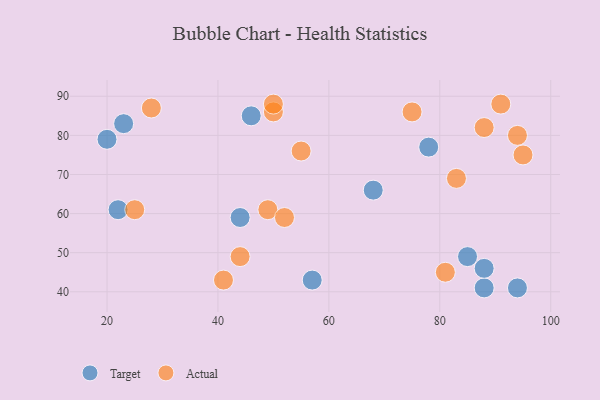
{"axis": {"x": "GDP", "y": "Life Expectancy"}, "legend": ["Actual", "Target"], "data": [{"x": "88", "y": 41, "type": "Target"}, {"x": "57", "y": 43, "type": "Target"}, {"x": "78", "y": 77, "type": "Target"}, {"x": "68", "y": 66, "type": "Target"}, {"x": "22", "y": 61, "type": "Target"}, {"x": "44", "y": 59, "type": "Target"}, {"x": "85", "y": 49, "type": "Target"}, {"x": "46", "y": 85, "type": "Target"}, {"x": "88", "y": 46, "type": "Target"}, {"x": "94", "y": 41, "type": "Target"}, {"x": "20", "y": 79, "type": "Target"}, {"x": "23", "y": 83, "type": "Target"}, {"x": "49", "y": 61, "type": "Actual"}, {"x": "52", "y": 59, "type": "Actual"}, {"x": "95", "y": 75, "type": "Actual"}, {"x": "81", "y": 45, "type": "Actual"}, {"x": "75", "y": 86, "type": "Actual"}, {"x": "25", "y": 61, "type": "Actual"}, {"x": "50", "y": 86, "type": "Actual"}, {"x": "91", "y": 88, "type": "Actual"}, {"x": "50", "y": 88, "type": "Actual"}, {"x": "83", "y": 69, "type": "Actual"}, {"x": "41", "y": 43, "type": "Actual"}, {"x": "55", "y": 76, "type": "Actual"}, {"x": "44", "y": 49, "type": "Actual"}, {"x": "28", "y": 87, "type": "Actual"}, {"x": "88", "y": 82, "type": "Actual"}, {"x": "94", "y": 80, "type": "Actual"}]}